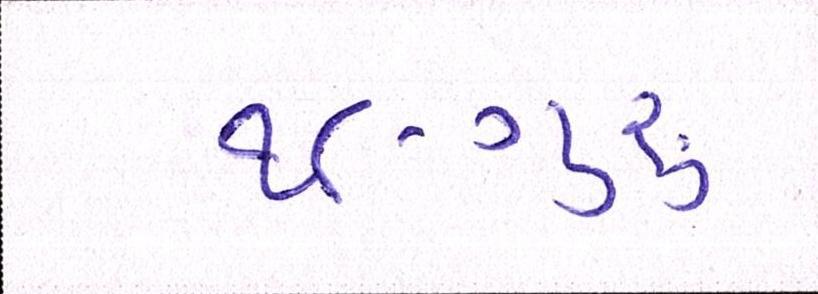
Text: ૧૮-ગુરૂ